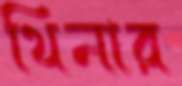
থিনার